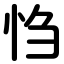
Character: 㤘